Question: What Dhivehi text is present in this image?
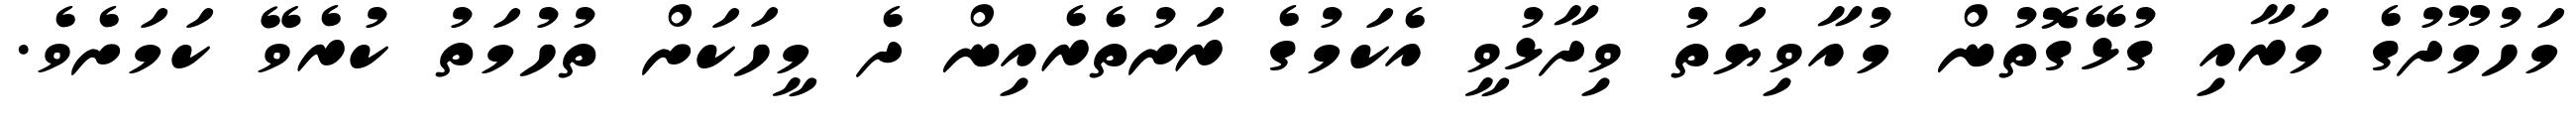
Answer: މަހުމޫދުގެ މަރާއި ގުޅޭގޮތުން މުއާވިޔަތު ވިދާޅުވީ އެކަމުގެ ރަށުތެރެއިން ދެ މީހަކަށް ތުހުމަތު ކުރެވޭ ކަމަށެވެ.